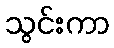
သွင်းကာ